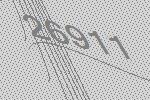
26911